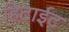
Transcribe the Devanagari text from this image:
हिटाईट